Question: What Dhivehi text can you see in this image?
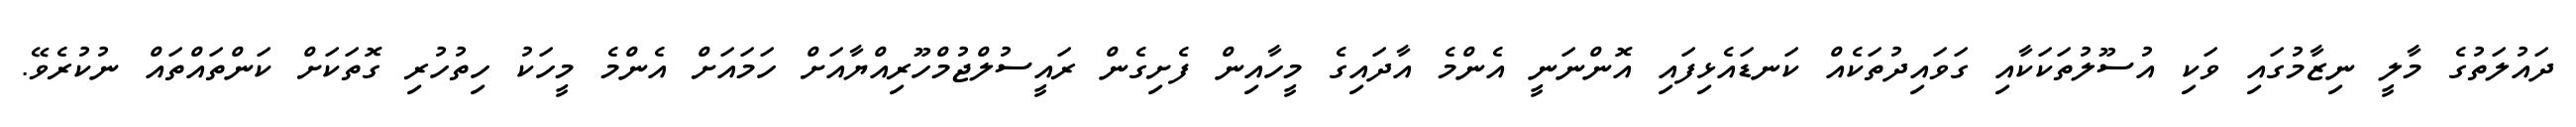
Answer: ދައުލަތުގެ މާލީ ނިޒާމުގައި ވަކި އުސޫލުތަކަކާއި ގަވައިދުތަކެއް ކަނޑައެޅިފައި އޮންނަނީ އެންމެ އާދައިގެ މީހާއިން ފެށިގެން ރައީސުލްޖުމްހޫރިއްޔާއަށް ހަމައަށް އެންމެ މީހަކު ހިތުހުރި ގޮތަކަށް ކަންތައްތައް ނުކުރެވޭ.